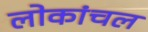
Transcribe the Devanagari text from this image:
लोकांचल